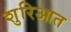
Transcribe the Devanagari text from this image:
शुरिआत